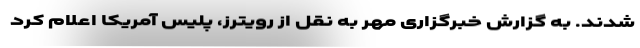
شدند. به گزارش خبرگزاری مهر به نقل از رویترز، پلیس آمریکا اعلام کرد